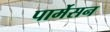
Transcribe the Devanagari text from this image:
पार्मेसन